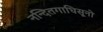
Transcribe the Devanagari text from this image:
नन्दितगाधिसूनो